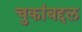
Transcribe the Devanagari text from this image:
चुकांबद्दल